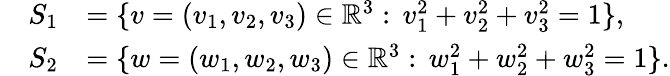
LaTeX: \begin{array}{rl}{S_{1}}&{=\{ v=(v_{1},v_{2},v_{3})\in\mathbb{R}^{3}:\, v_{1}^{2}+v_{2}^{2}+v_{3}^{2}=1\} ,}\\ {\quad S_{2}}&{=\{ w=(w_{1},w_{2},w_{3})\in\mathbb{R}^{3}:\, w_{1}^{2}+w_{2}^{2}+w_{3}^{2}=1\} .}\end{array}